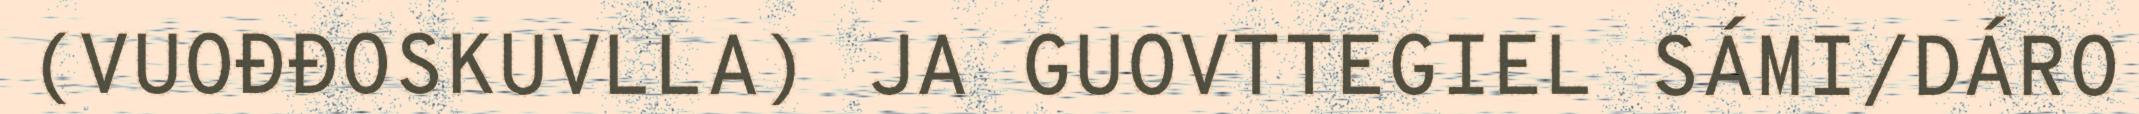
(VUOĐĐOSKUVLLA) JA GUOVTTEGIEL SÁMI/DÁRO